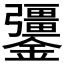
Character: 𨯞